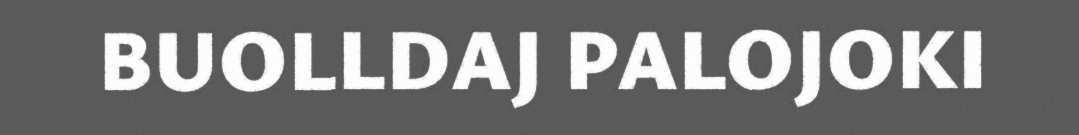
BUOLLDAJ PALOJOKI